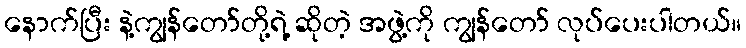
နောက်ပြီး နဲ့ကျွန်တော်တို့ရဲ့ ဆိုတဲ့ အဖွဲ့ကို ကျွန်တော် လုပ်ပေးပါတယ်။